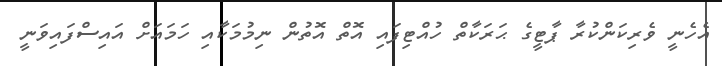
އެހެނީ ވެރިކަންކުރާ ޕާޓީގެ ޙަރަކާތް ހުއްޓިފައި އޮތް އޮތުން ނިމުމަކާއި ހަމައަށް އައިސްފައިވަނީ